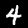
Digit: 4